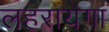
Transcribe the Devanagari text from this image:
लहरायेगा